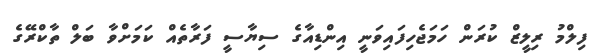
ފިލްމު ރިލީޒް ކުރަން ހަމަޖެހިފައިވަނީ އިންޑިއާގެ ސިޔާސީ ފަރާތެއް ކަމަށްވާ ބަލް ތާކްރޭގެ